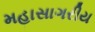
મહાસાગરીય